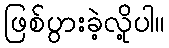
ဖြစ်ပွားခဲ့လို့ပါ။